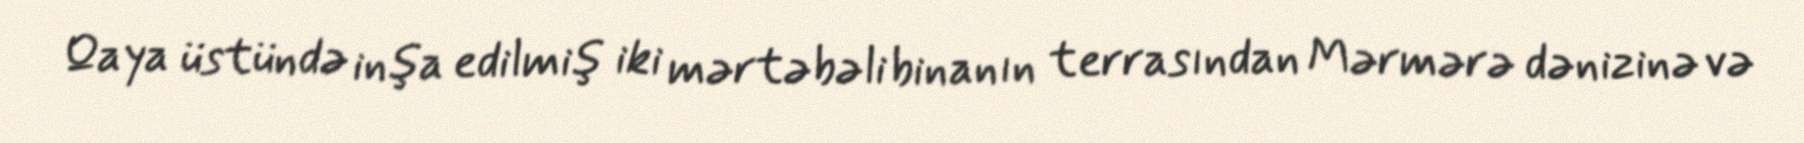
Qaya üstündə inşa edilmiş iki mərtəbəli binanın terrasından Mərmərə dənizinə və